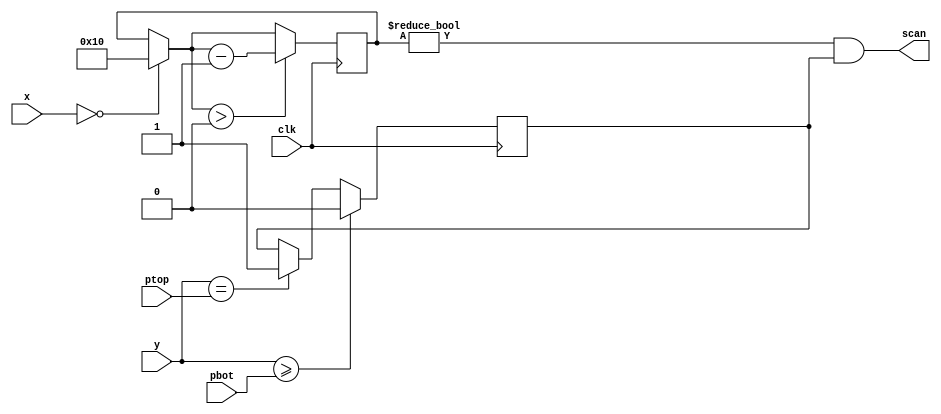
// ====================================================================
//                              MAH PONK
//
// Copyright (C) 2007, Viacheslav Slavinsky
// This design and core is distributed under modified BSD license. 
// For complete licensing information see LICENSE.TXT.
// -------------------------------------------------------------------- 
// An open table tennis game for VGA displays.
//
// 
// Design File: paddlescan.v, instantiated by tehgame.v
// Generates paddle scan signal.
//
// Pins description:
//	clk			input	master clock
//	ptop		input	paddle top coordinate
//	pbot		input	paddle bottom coordinate
//	x, y		input	screen x,y
// 	scan		ouput	paddle scan
//
module paddlescan(clk, ptop, pbot, x, y, scan);
	parameter H = 0;
	parameter X = 0;
	input clk;
	input [9:0] ptop;
	input [9:0] pbot;
	input [9:0] x;
	input [9:0] y;
	output scan;

	reg [4:0] scanX;
	reg scanY;
	
	always @(posedge clk) begin
		if (x == X) 
			scanX = 16;
		if (scanX > 0)
			scanX = scanX - 1'b1;
	end
	always @(posedge clk) begin
		if (y == ptop)
			scanY = 1;
		if (y >= pbot)
			scanY = 0;
	end
	assign scan = scanX != 0 && scanY;
endmodule

// $Id: paddlescan.v,v 1.4 2007/08/27 22:14:49 svo Exp $